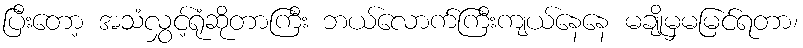
ပြီးတော့ အသံလွှင့်ရုံဆိုတာကြီး ဘယ်လောက်ကြီးကျယ်နေနေ မချိုမှမမြင်ရတာ၊